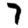
Digit: 7